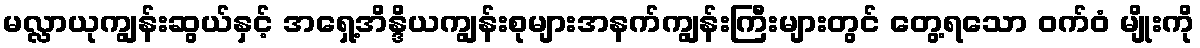
မလ္လာယုကျွန်းဆွယ်နှင့် အရှေ့အိန္ဒိယကျွန်းစုများအနက်ကျွန်းကြီးများတွင် တွေ့ရသော ဝက်ဝံ မျိုးကို